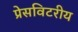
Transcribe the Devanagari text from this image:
प्रेसविटरीय